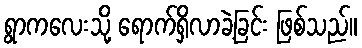
ရွာကလေးသို့ ရောက်ရှိလာခဲ့ခြင်း ဖြစ်သည်။